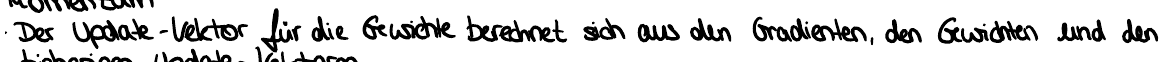
Der Update - Vektor für die Gewichte berechnet sich aus den Gradienten, den Gewichten und den